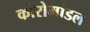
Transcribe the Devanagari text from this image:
कोरोमांडल